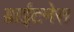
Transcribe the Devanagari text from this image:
ब्राईटनेस